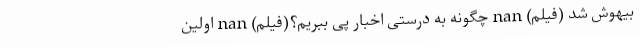
بیهوش شد (فیلم) nan چگونه به درستی اخبار پی ببریم؟(فیلم) nan اولین